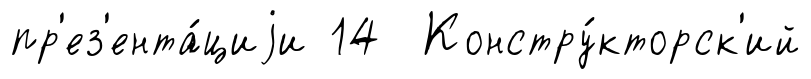
пр'ез'ента́циjи 14 Констру́кторск'ий